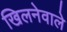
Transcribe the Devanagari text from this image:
खिलनेवाले